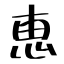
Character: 恵